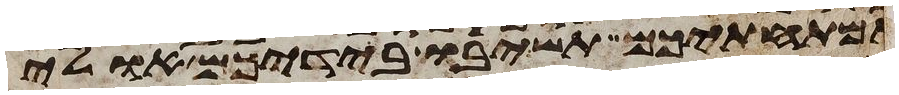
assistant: אמתחתיכם תשיבו בידיכם אולי